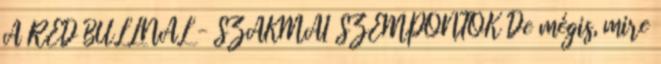
A RED BULLNÁL – SZAKMAI SZEMPONTOK De mégis, mire